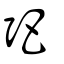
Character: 弝